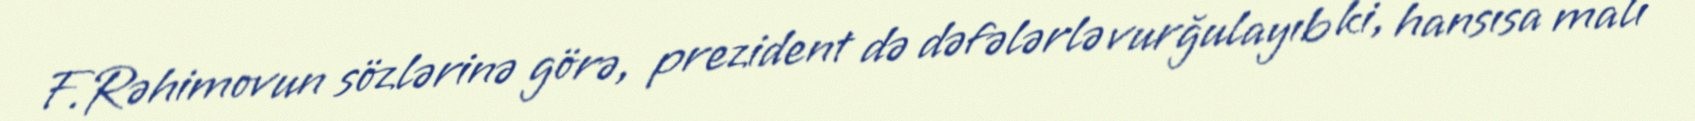
F.Rəhimovun sözlərinə görə, prezident də dəfələrlə vurğulayıb ki, hansısa malı